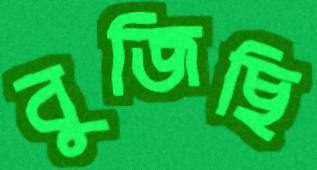
বুজিছি